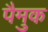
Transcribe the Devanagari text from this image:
पैमुक